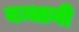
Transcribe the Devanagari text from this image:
बन्धानी